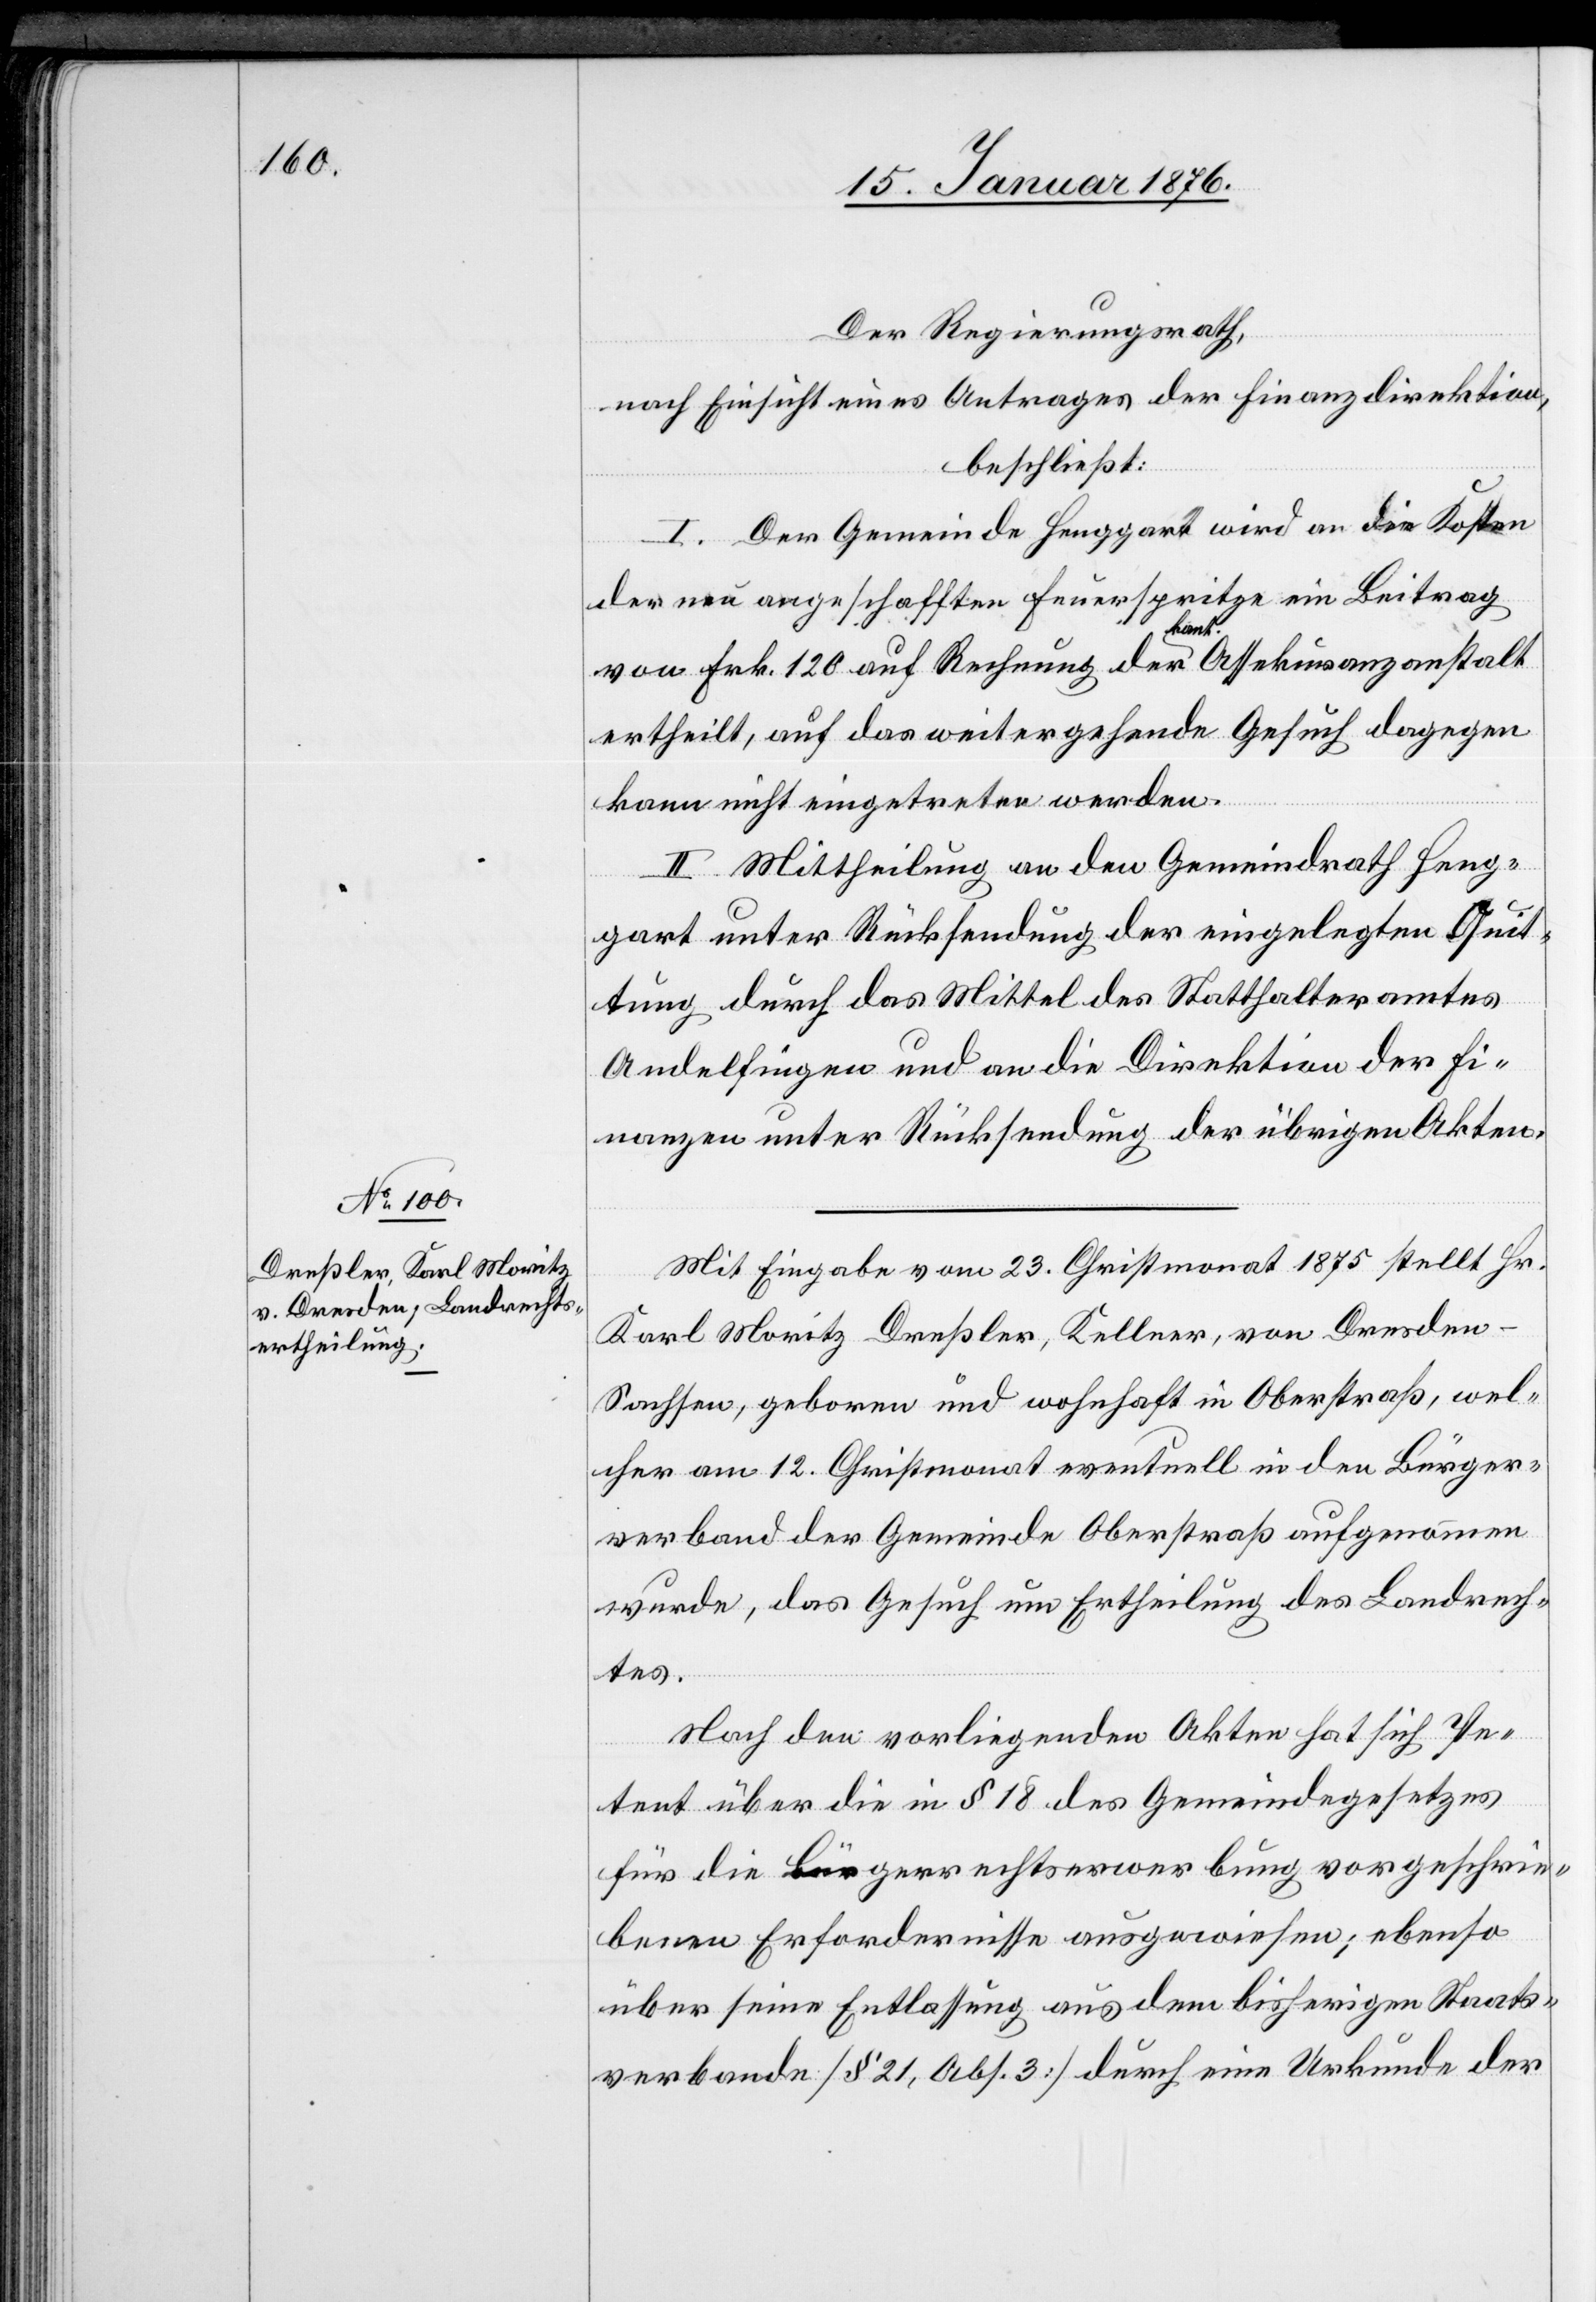
Der Regierungsrath,
nach Einsicht eines Antrages der Finanzdirektion,
beschließt:
I. Der Gemeinde Henggart wird an die Kosten
der neu angeschafften Feuerspritze ein Beitrag
von Frk. 120 auf Rechnung der kant. Assekuranzanstalt
ertheilt, auf das weitergehende Gesuch dagegen
kann nicht eingetreten werden.
II. Mittheilung an den Gemeindrath Heng¬
gart unter Rücksendung der eingelegten Quit¬
tung durch das Mittel des Statthalteramtes
Andelfingen und an die Direktion der Fi¬
nanzen unter Rücksendung der übrigen Akten.